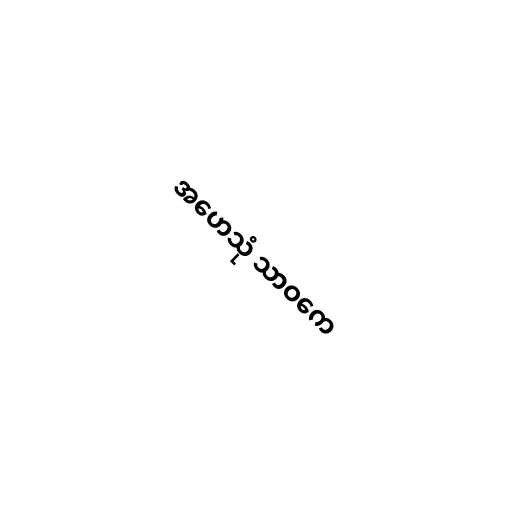
အဟေသုံ သာဝကေ